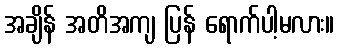
အချိန် အတိအကျ ပြန် ရောက်ပါ့မလား။